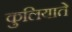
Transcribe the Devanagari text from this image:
कुलियाते